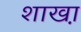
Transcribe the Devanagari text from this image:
शाखा़